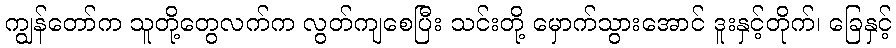
ကျွန်တော်က သူတို့တွေလက်က လွတ်ကျစေပြီး သင်းတို့ မှောက်သွားအောင် ဒူးနှင့်တိုက်၊ ခြေနှင့်